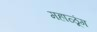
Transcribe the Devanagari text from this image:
महाळूंग